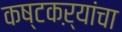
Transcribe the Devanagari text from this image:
कष्टकऱ्यांचा